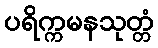
ပရိက္ကမနသုတ္တံ